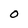
Character: O